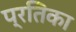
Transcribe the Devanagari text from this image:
प्रतिका